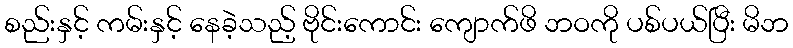
စည်းနှင့် ကမ်းနှင့် နေခဲ့သည့် ဗိုင်းကောင်း ကျောက်ဖိ ဘဝကို ပစ်ပယ်ပြီး မိဘ